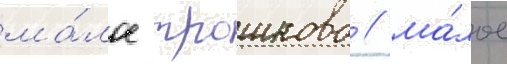
ма́лое трошково / ма́лое